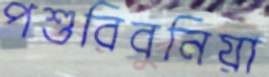
পশুরিবুনিয়া